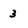
Character: 3